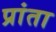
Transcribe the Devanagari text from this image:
प्रांता